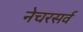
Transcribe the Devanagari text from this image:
नेचरसर्व